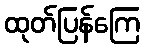
ထုတ်ပြန်ကြေ